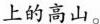
上的高山。